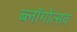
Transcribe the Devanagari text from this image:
ब्लॉगोंत्सव